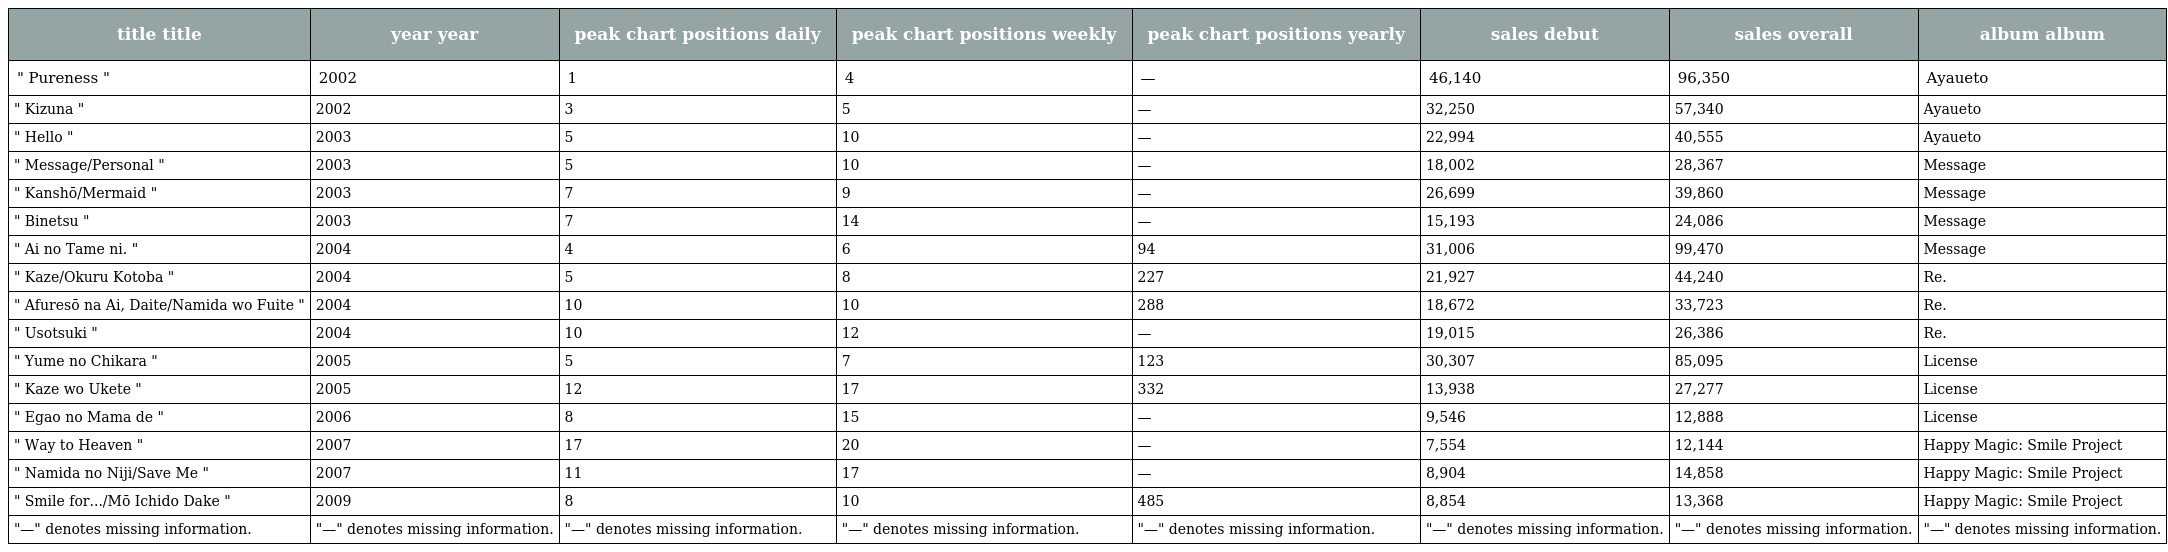
| title title | year year | peak chart positions daily | peak chart positions weekly | peak chart positions yearly | sales debut | sales overall | album album |
 | --- | --- | --- | --- | --- | --- | --- | --- |
 | " Pureness " | 2002 | 1 | 4 | — | 46,140 | 96,350 | Ayaueto |
 | " Kizuna " | 2002 | 3 | 5 | — | 32,250 | 57,340 | Ayaueto |
 | " Hello " | 2003 | 5 | 10 | — | 22,994 | 40,555 | Ayaueto |
 | " Message/Personal " | 2003 | 5 | 10 | — | 18,002 | 28,367 | Message |
 | " Kanshō/Mermaid " | 2003 | 7 | 9 | — | 26,699 | 39,860 | Message |
 | " Binetsu " | 2003 | 7 | 14 | — | 15,193 | 24,086 | Message |
 | " Ai no Tame ni. " | 2004 | 4 | 6 | 94 | 31,006 | 99,470 | Message |
 | " Kaze/Okuru Kotoba " | 2004 | 5 | 8 | 227 | 21,927 | 44,240 | Re. |
 | " Afuresō na Ai, Daite/Namida wo Fuite " | 2004 | 10 | 10 | 288 | 18,672 | 33,723 | Re. |
 | " Usotsuki " | 2004 | 10 | 12 | — | 19,015 | 26,386 | Re. |
 | " Yume no Chikara " | 2005 | 5 | 7 | 123 | 30,307 | 85,095 | License |
 | " Kaze wo Ukete " | 2005 | 12 | 17 | 332 | 13,938 | 27,277 | License |
 | " Egao no Mama de " | 2006 | 8 | 15 | — | 9,546 | 12,888 | License |
 | " Way to Heaven " | 2007 | 17 | 20 | — | 7,554 | 12,144 | Happy Magic: Smile Project |
 | " Namida no Niji/Save Me " | 2007 | 11 | 17 | — | 8,904 | 14,858 | Happy Magic: Smile Project |
 | " Smile for.../Mō Ichido Dake " | 2009 | 8 | 10 | 485 | 8,854 | 13,368 | Happy Magic: Smile Project |
 | "—" denotes missing information. | "—" denotes missing information. | "—" denotes missing information. | "—" denotes missing information. | "—" denotes missing information. | "—" denotes missing information. | "—" denotes missing information. | "—" denotes missing information. |